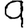
Digit: 9